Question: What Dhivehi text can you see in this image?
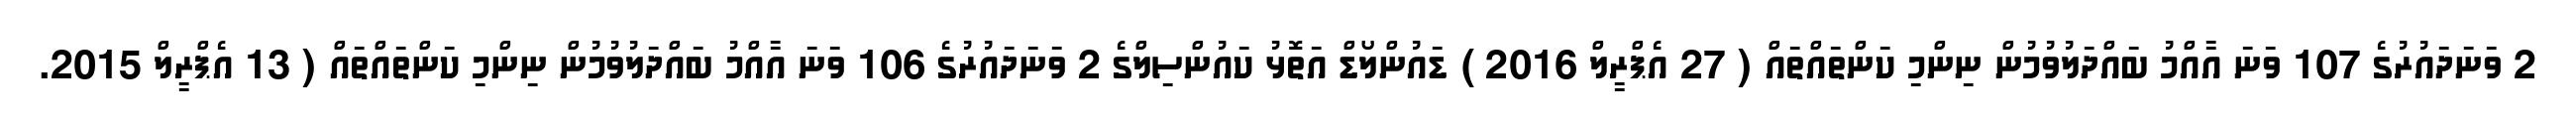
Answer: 2 ވަނަދައުރުގެ 107 ވަނަ އާއްމު ބައްދަލުވުމުން ނިންމި ކަންތައްތައް ( 27 އެޕްރީލް 2016 ) ޑައުންލޯޑް އަތޮޅު ކައުންސިލްގެ 2 ވަނަދައުރުގެ 106 ވަނަ އާއްމު ބައްދަލުވުމުން ނިންމި ކަންތައްތައް ( 13 އެޕްރީލް 2015.